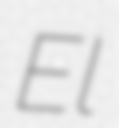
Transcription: El